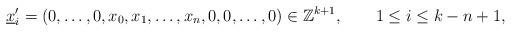
LaTeX: \begin{align*} \underline{x}^{\prime}_{i}=(0,\ldots,0,x_{0},x_{1},\ldots,x_{n},0,0,\ldots,0)\in \mathbb{Z}^{k+1}, \qquad 1\leq i\leq k-n+1,\end{align*}